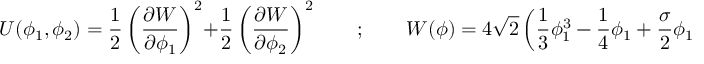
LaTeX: U ( \phi _ { 1 } , \phi _ { 2 } ) = \frac { 1 } { 2 } \left( \frac { \partial W } { \partial \phi _ { 1 } } \right) ^ { 2 } + \frac { 1 } { 2 } \left( \frac { \partial W } { \partial \phi _ { 2 } } \right) ^ { 2 } \qquad ; \qquad W ( \phi ) = 4 \sqrt { 2 } \left( \frac { 1 } { 3 } \phi _ { 1 } ^ { 3 } - \frac { 1 } { 4 } \phi _ { 1 } + \frac { \sigma } { 2 } \phi _ { 1 } \phi _ { 2 } ^ { 2 } \right)